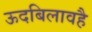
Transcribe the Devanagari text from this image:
ऊदबिलावहै